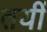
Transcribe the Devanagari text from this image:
तयीं